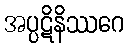
အပ္ပဋိနိဿဂေ